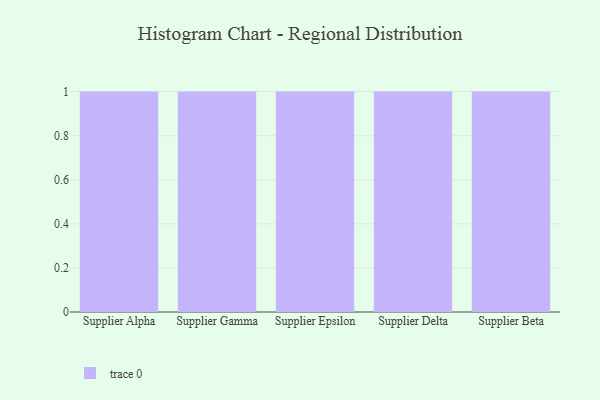
{"axis": {"x": "Supplier", "y": "Backlog"}, "legend": [""], "data": [{"x": "Supplier Alpha", "y": 17, "type": ""}, {"x": "Supplier Gamma", "y": 95, "type": ""}, {"x": "Supplier Epsilon", "y": 57, "type": ""}, {"x": "Supplier Delta", "y": 72, "type": ""}, {"x": "Supplier Beta", "y": 33, "type": ""}]}